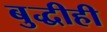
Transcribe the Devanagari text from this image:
बुद्धीही